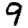
Digit: 9